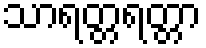
သာရတ္တရတ္တာ